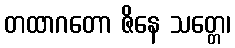
တထာဂတော ဇိနေ သတ္တေ၊